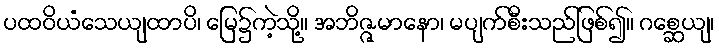
ပထဝိယံသေယျထာပိ၊ မြေ၌ကဲ့သို့။ အဘိဇ္ဇမာနော၊ မပျက်စီးသည်ဖြစ်၍။ ဂစ္ဆေယျ၊